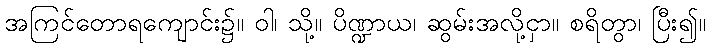
အကြင်တောရကျောင်း၌။ ဝါ၊ သို့။ ပိဏ္ဍာယ၊ ဆွမ်းအလို့ငှာ။ စရိတွာ၊ ပြီး၍။